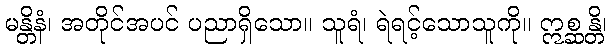
မန္တိနံ၊ အတိုင်အပင် ပညာရှိသော။ သူရံ၊ ရဲရင့်သောသူကို။ ဣစ္ဆန္တိ၊